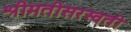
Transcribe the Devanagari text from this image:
श्रीमतीसरस्‍वती